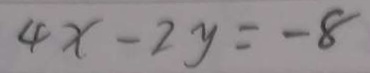
4 x - 2 y = - 8